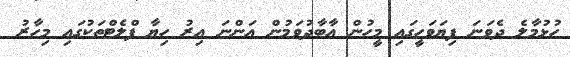
ހުޅުމާލެ ދެވަނަ ފިޔަވަހީގައި މީހުން އާބާދުވަމުން އަންނަ އިރު ހިޔާ ފްލެޓްތަކުގައި މިހާރު